Annual report of the Imperial Bacteriologist
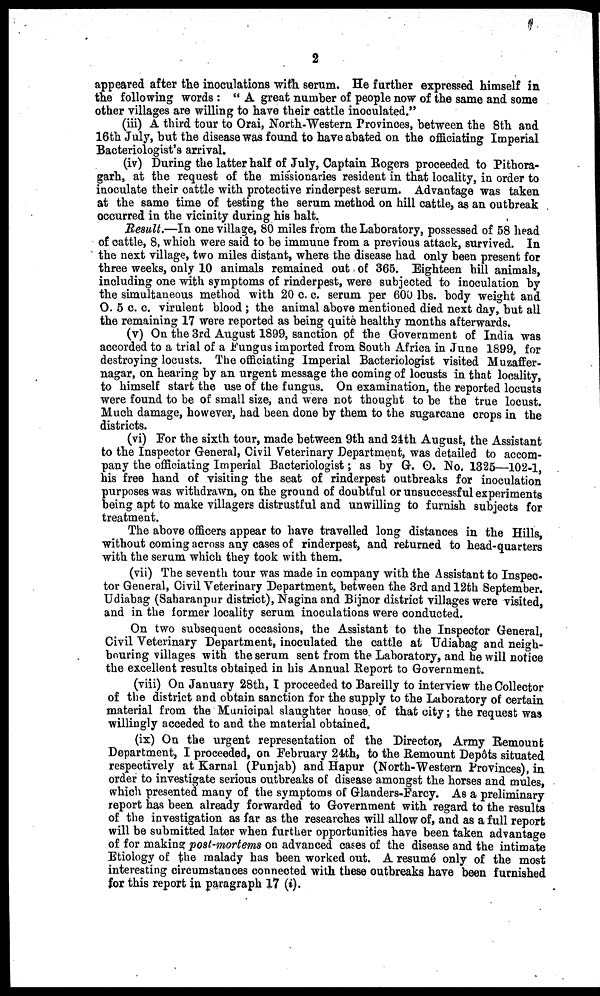
2
appeared after the inoculations with serum. He further expressed himself in
the following words : " A great number of people now of the same and some
other villages are willing to have their cattle inoculated."
(iii) A third tour to Orai, North-Western Provinces, between the 8th and
16th July, but the disease was found to have abated on the officiating Imperial
Bacteriologist's arrival.
(iv) During the latter half of July, Captain Rogers proceeded to Pithora¬
garh, at the request of the missionaries resident in that locality, in order to
inoculate their cattle with protective rinderpest serum. Advantage was taken
at the same time of testing the serum method on hill cattle, as an outbreak
occurred in the vicinity during his halt.
Result.—In one village, 80 miles from the Laboratory, possessed of 58 head
of cattle, 8, which were said to be immune from a previous attack, survived. In
the next village, two miles distant, where the disease had only been present for
three weeks, only 10 animals remained out of 365. Eighteen hill animals,
including one with symptoms of rinderpest, were subjected to inoculation by
the simultaneous method with 20 c. c. serum per 600 lbs. body weight and
0.5 c. c. virulent blood ; the animal above mentioned died next day, but all
the remaining 17 were reported as being quite healthy months afterwards.
(v) On the 3rd August 1899, sanction of the Government of India was
accorded to a trial of a Fungus imported from South Africa in June 1899, for
destroying locusts. The officiating Imperial Bacteriologist visited Muzaffer¬
nagar, on hearing by an urgent message the coming of locusts in that locality,
to himself start the use of the fungus. On examination, the reported locusts
were found to be of small size, and were not thought to be the true locust.
Much damage, however, had been done by them to the sugarcane crops in the
districts.
(vi) For the sixth tour, made between 9th and 24th August, the Assistant
to the Inspector General, Civil Veterinary Department, was detailed to accom-
pany the officiating Imperial Bacteriologist; as by G. O. No. 1325—102-1,
his free hand of visiting the seat of rinderpest outbreaks for inoculation
purposes was withdrawn, on the ground of doubtful or unsuccessful experiments
being apt to make villagers distrustful and unwilling to furnish subjects for
treatment.
The above officers appear to have travelled long distances in the Hills,
without coming across any cases of rinderpest, and returned to head-quarters
with the serum which they took with them.
(vii) The seventh tour was made in company with the Assistant to Inspec-
tor General, Civil Veterinary Department, between the 3rd and 12th September.
Udiabag (Saharanpur district), Nagina and Bijnor district villages were visited,
and in the former locality serum inoculations were conducted.
On two subsequent occasions, the Assistant to the Inspector General,
Civil Veterinary Department, inoculated the cattle at Udiabag and neigh-
bouring villages with the serum sent from the Laboratory, and he will notice
the excellent results obtained in his Annual Report to Government.
(viii) On January 28th, I proceeded to Bareilly to interview the Collector
of the district and obtain sanction for the supply to the Laboratory of certain
material from the Municipal slaughter house of that city; the request was
willingly acceded to and the material obtained.
(ix) On the urgent representation of the Director, Army Remount
Department, I proceeded, on February 24th, to the Remount Depôts situated
respectively at Karnal (Punjab) and Hapur (North-Western Provinces), in
order to investigate serious outbreaks of disease amongst the horses and mules,
which presented many of the symptoms of Glanders-Farcy. As a preliminary
report has been already forwarded to Government with regard to the results
of the investigation as far as the researches will allow of, and as a full report
will be submitted later when further opportunities have been taken advantage
of for making post-mortems on advanced cases of the disease and the intimate
Etiology of the malady has been worked out. A resumé only of the most
interesting circumstances connected with these outbreaks have been furnished
for this report in paragraph 17 (i).